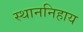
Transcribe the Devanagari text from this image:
स्थाननिहाय